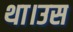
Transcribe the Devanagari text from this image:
था।उस